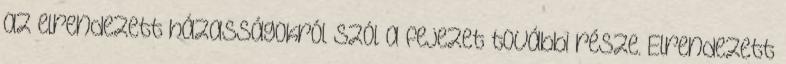
az elrendezett házasságokról szól a fejezet további része. Elrendezett